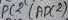
Text: ADC2